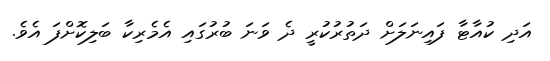
އަދި ކުއާޓާ ފައިނަލަށް ދަތުރުކުރީ ދެ ވަނަ ބުރުގައި އެމެރިކާ ބަލިކޮށްފަ އެވެ.